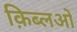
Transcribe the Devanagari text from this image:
क़िब्लओं